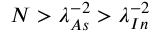
N > \lambda _ { A s } ^ { - 2 } > \lambda _ { I n } ^ { - 2 }